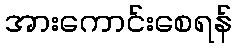
အားကောင်းစေရန်